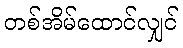
တစ်အိမ်ထောင်လျှင်